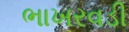
ભાખરવડી